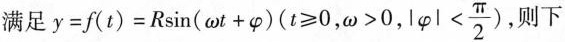
满足$$y = f (t) = R \sin (\omega t + \varphi) (t \geq 0, \omega >0,| \varphi |< \frac{\pi}{2})$$， 下